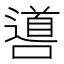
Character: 噵